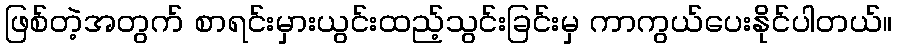
ဖြစ်တဲ့အတွက် စာရင်းမှားယွင်းထည့်သွင်းခြင်းမှ ကာကွယ်ပေးနိုင်ပါတယ်။